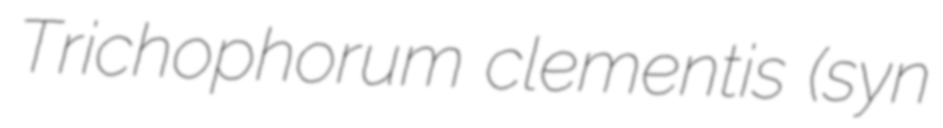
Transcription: Trichophorum clementis (syn